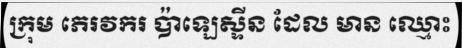
ក្រុម ភេរវករ ប៉ាឡេស្ទីន ដែល មាន ឈ្មោះ